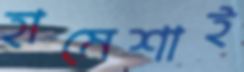
হামেশাই